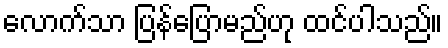
လောက်သာ ပြန်ပြောမည်ဟု ထင်ပါသည်။